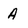
Character: A